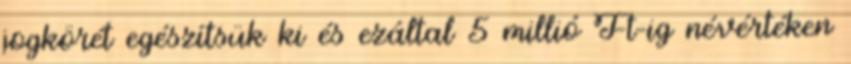
jogkörét egészítsük ki és ezáltal 5 millió Ft-ig névértéken